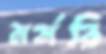
মর্মরি